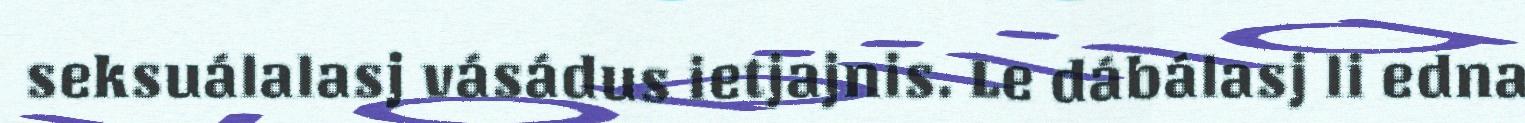
seksuálalasj vásádus ietjajnis. Le dábálasj li edna